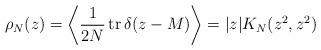
LaTeX: \begin{align*}\rho_N(z)=\left\langle \frac{1}{2N}\, {\rm tr}\, \delta( z- M)\right\rangle =| z | K_N (z^2, z^2)\end{align*}